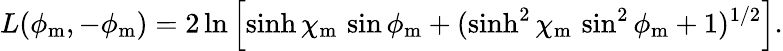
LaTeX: L(\phi_{\mathrm{m}},-\phi_{\mathrm{m}})=2\ln\left[\sinh\chi_{\mathrm{m}}\, \sin\phi_{\mathrm{m}}+(\sinh^{2}\chi_{\mathrm{m}}\, \sin^{2}\phi_{\mathrm{m}}+1)^{1/2}\right].